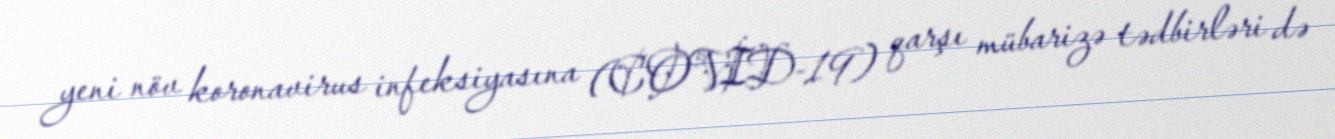
yeni növ koronavirus infeksiyasına (COVİD-19) qarşı mübarizə tədbirləri də